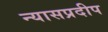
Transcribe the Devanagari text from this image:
न्यासप्रदीप